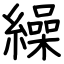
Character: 繰